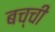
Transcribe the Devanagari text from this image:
बच्‍ची